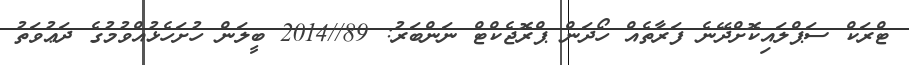
ޓްރަކް ސަޕްލައިކޮށްދޭނެ ފަރާތެއް ހޯދަން ޕްރޮޖެކްޓް ނަންބަރު: 89//2014 ބީލަން ހުށަހެޅުއްވުމުގެ ދަޢުވަތު